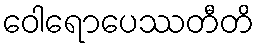
ဝေါရောပေဿတီတိ